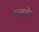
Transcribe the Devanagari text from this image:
मन्नुदेव